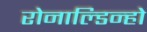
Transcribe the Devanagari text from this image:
रोनाल्‍डिन्‍हो